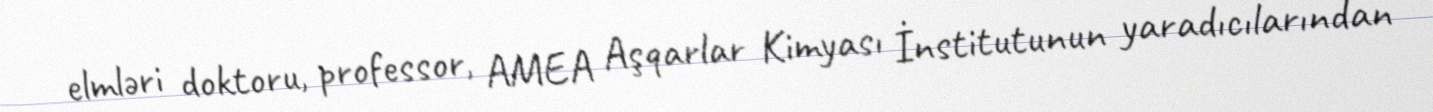
elmləri doktoru, professor, AMEA Aşqarlar Kimyası İnstitutunun yaradıcılarından